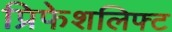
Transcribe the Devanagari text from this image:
प्रिफेशलिफ्ट